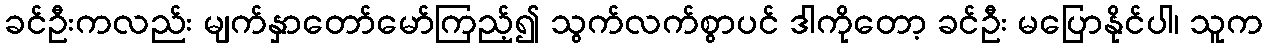
ခင်ဦးကလည်း မျက်နှာတော်မော်ကြည့်၍ သွက်လက်စွာပင် ဒါကိုတော့ ခင်ဦး မပြောနိုင်ပါ၊ သူက